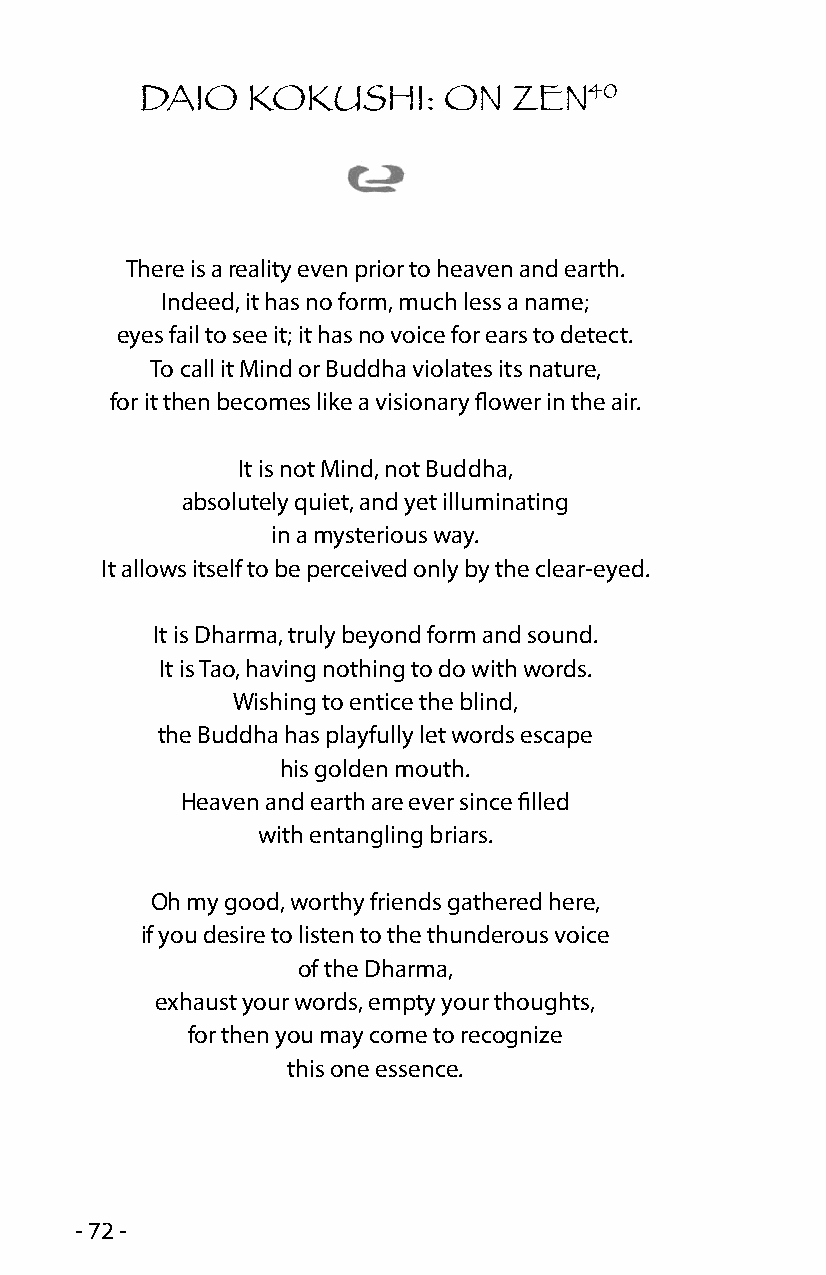
DAIO   KOKUSHI:     ON
 ZEN40
 There is a reality even prior to heaven and earth.
 Indeed, it has no form, much less a name;
 eyes fail to see it; it has no voice for ears to detect.
 To call it Mind or Buddha violates its nature,
 for it then becomes like a visionary flower in the air.
 It is not Mind, not Buddha,
 absolutely quiet, and yet illuminating
 in a mysterious way.
 It allows itself to be perceived only by the clear-eyed.
 It is Dharma, truly beyond form and sound.
 It is Tao, having nothing to do with words.
 Wishing to entice the blind,
 the Buddha has playfully let words escape
 his golden mouth.
 Heaven and earth are ever since filled
 with entangling briars.
 Oh my good, worthy friends gathered here,
 if you desire to listen to the thunderous voice
 of the Dharma,
 exhaust your words, empty your thoughts,
 for then you may come to recognize
 this one essence.
 - 72 -